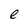
Character: e